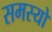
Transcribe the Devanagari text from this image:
समस्यो